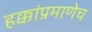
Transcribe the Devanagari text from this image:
हक्कांप्रमाणेच